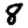
Digit: 8